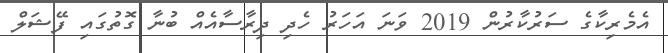
އެމެރިކާގެ ސަރުކާރުން 2019 ވަނަ އަހަރު ހެދި ދިރާސާއެއް ބުނާ ގޮތުގައި ފޭޝަލް